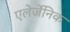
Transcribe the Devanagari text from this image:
एलेर्जेनिक